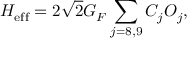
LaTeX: { \cal H } _ { \mathrm { e f f } } = 2 \sqrt { 2 } G _ { F } \sum _ { j = 8 , 9 } C _ { j } { \cal O } _ { j } ,